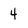
Character: 4